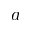
a